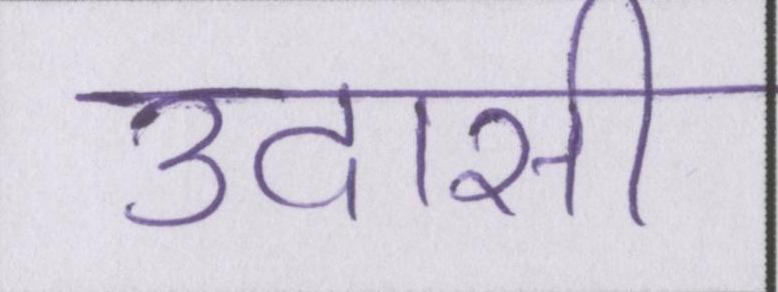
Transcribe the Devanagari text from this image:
उदासी